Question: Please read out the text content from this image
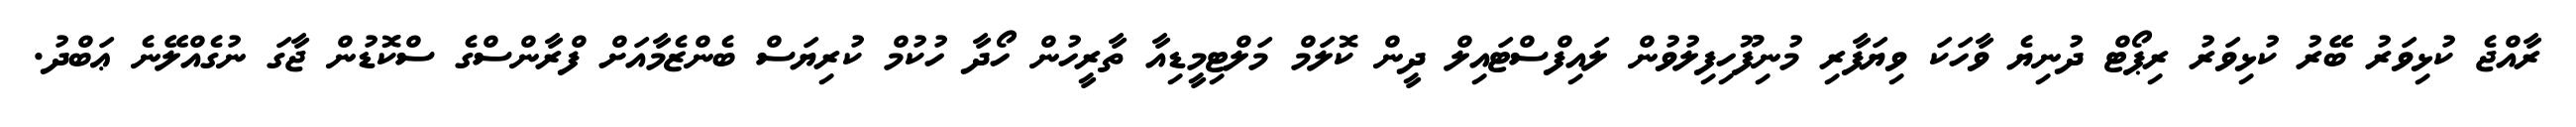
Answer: ރާއްޖެ ކުޅިވަރު ބޭރު ކުޅިވަރު ރިޕޯޓް ދުނިޔެ ވާހަކަ ވިޔަފާރި މުނިފޫހިފިލުވުން ލައިފްސްޓައިލް ދީން ކޮލަމް މަލްޓިމީޑިއާ ތާރީހުން ހޯދާ ހުކުމް ކުރިޔަސް ބެންޒެމާއަށް ފްރާންސްގެ ސްކޮޑުން ޖާގަ ނުގެއްލޭނެ ޢަބްދު.